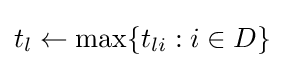
t_{l}\leftarrow \max\{t_{li}:i\in D\}